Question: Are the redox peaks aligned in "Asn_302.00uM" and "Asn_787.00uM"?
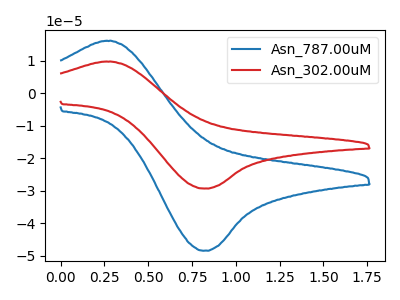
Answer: <think>The blue curve "Asn_787.00uM" has an anodic peak at (0.30V, 16.20uA) and a cathodic peak at (0.80V, -48.50uA). The red curve "Asn_302.00uM" has an anodic peak at (0.30V, 9.80uA) and a cathodic peak at (0.80V, -29.35uA).</think>
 <answer>Yes, "Asn_302.00uM" have a peak in "Asn_787.00uM" at the same potential.</answer>
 <eval>match</eval>